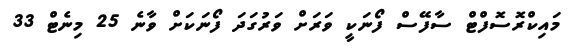
މައިކްރޮސޮފްޓް ސާފޭސް ފޯނަކީ ވަރަށް ވަރުގަދަ ފޯނަކަށް ވާނެ 25 މިނެޓް 33